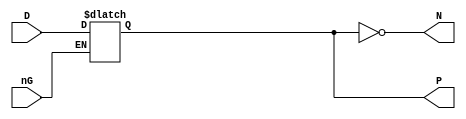
// This program was cloned from: https://github.com/jotego/jtcores
// License: GNU General Public License v3.0

// Fujitsu AV cell
// 4-bit Data Latch
// furrtek 2022

`timescale 1ns/100ps

module LT4(
	input nG,
	input [3:0] D,
	output reg [3:0] P = 4'd0,
	output [3:0] N
);

	always @(*)
		if (!nG) P <= D;	// tmax = 7.5ns
	
	assign N = ~P;

endmodule